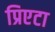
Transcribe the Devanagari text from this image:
प्रिएटा